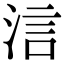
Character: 𣵧